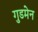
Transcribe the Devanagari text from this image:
गुडमेन